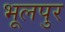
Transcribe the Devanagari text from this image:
भूलपुर